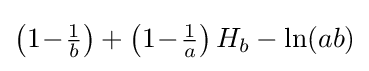
\left(1\!-\!{\tfrac {1}{b}}\right)+\left(1\!-\!{\tfrac {1}{a}}\right)H_{b}-\ln(ab)